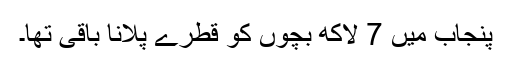
پنجاب میں 7 لاکھ بچوں کو قطرے پلانا باقی تھا۔